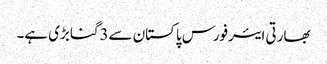
بھارتی ایئرفورس پاکستان سے3گنابڑی ہے۔